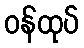
ဝန်ထုပ်